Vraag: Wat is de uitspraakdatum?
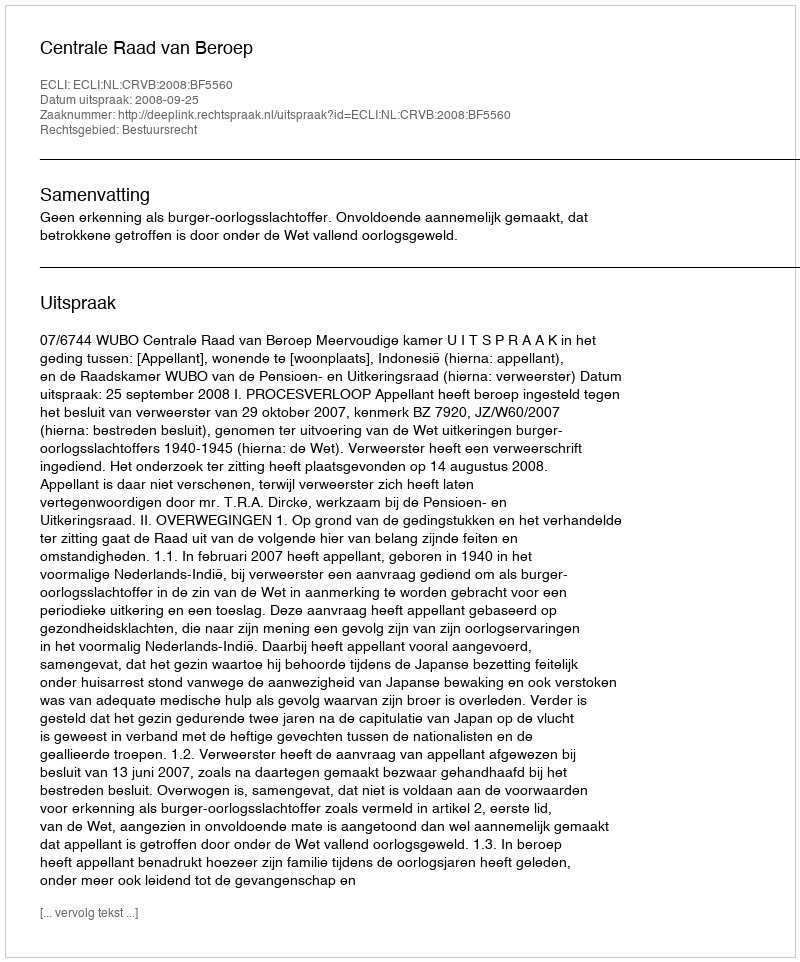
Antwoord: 2008-09-25